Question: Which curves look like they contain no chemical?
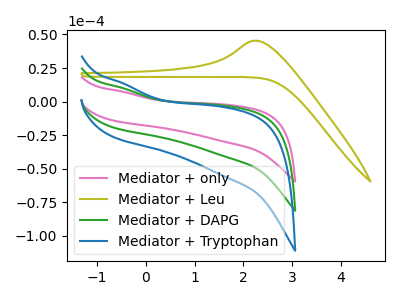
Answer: <think>The pink curve "Mediator + only" has no peaks. The olive curve "Mediator + Leu" has an anodic peak at: (2.25V, 45.40uA). The green curve "Mediator + DAPG" has no peaks. The blue curve "Mediator + Tryptophan" has no peaks.</think>
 <answer>"Mediator + only", "Mediator + DAPG" and "Mediator + Tryptophan" are likely to be blanks.</answer>
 <eval>"Mediator + only", "Mediator + DAPG", "Mediator + Tryptophan"</eval>